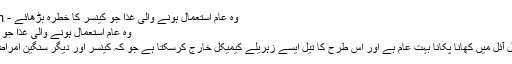
وہ عام استعمال ہونے والی غذا جو کینسر کا خطرہ بڑھائے - Urdu News Room
وہ عام استعمال ہونے والی غذا جو کینسر کا خطرہ بڑھائے
پاکستان بھر میں ویجیٹیبل آئل میں کھانا پکانا بہت عام ہے اور اس طرح کا تیل ایسے زہریلے کیمیکل خارج کرسکتا ہے جو کہ کینسر اور دیگر سنگین امراض سے جڑے ہوتے ہیں۔